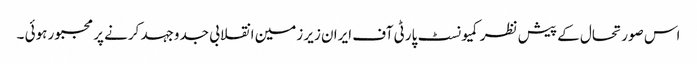
اس صورتحال کے پیش نظر کمیونسٹ پارٹی آف ایران زیر زمین انقلابی جدوجہد کرنے پر مجبور ہوئی ۔